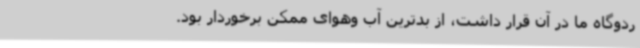
ردوگاه ما در آن قرار داشت، از بدترین آب وهوای ممکن برخوردار بود.